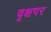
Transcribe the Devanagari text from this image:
वृक्षपर